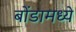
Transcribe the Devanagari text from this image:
बोंडामध्ये